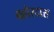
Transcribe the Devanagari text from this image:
बहोरदास